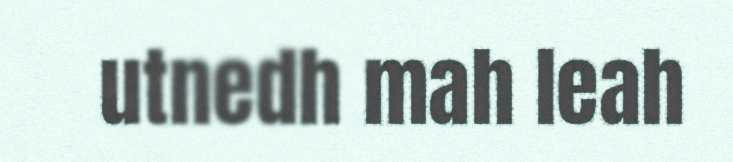
utnedh mah leah